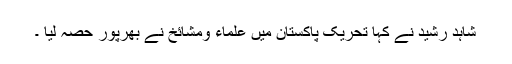
شاہد رشید نے کہا تحریک پاکستان میں علماء ومشائخ نے بھرپور حصہ لیا ۔